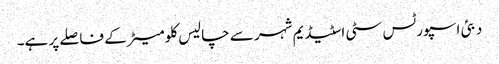
دبئی اسپورٹس سٹی اسٹیڈیم شہر سے چالیس کلومیٹر کے فاصلے پر ہے۔